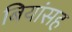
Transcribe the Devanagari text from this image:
बियांसह